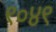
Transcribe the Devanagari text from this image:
९०४९